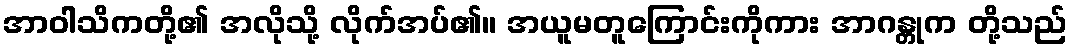
အာဝါသိကတို့၏ အလိုသို့ လိုက်အပ်၏။ အယူမတူကြောင်းကိုကား အာဂန္တုက တို့သည်